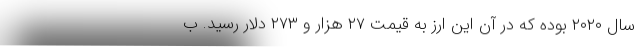
سال ۲۰۲۰ بوده که در آن این ارز به قیمت ۲۷ هزار و ۲۷۳ دلار رسید. ب